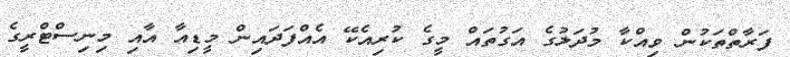
ފަރާތްތަކުން ވިއްކާ މުދަލުގެ އަގުތައް މީގެ ކުރިއެެކޭ އެއްފަަދައިން މީޑިއާ އާއި މިނިސްޓްރީގެ